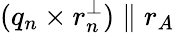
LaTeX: (q_{n}\times r_{n}^{\perp})\parallel r_{A}